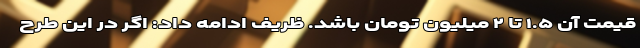
قیمت آن ۱.۵ تا ۲ میلیون تومان باشد. ظریف ادامه داد: اگر در این طرح